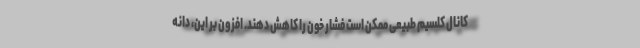
کانال کلسیم طبیعی ممکن است فشار خون را کاهش دهند. افزون بر این، دانه